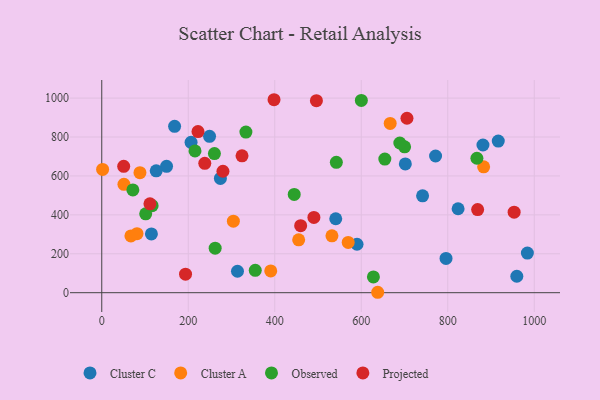
{"axis": {"x": "Ad Spend", "y": "Sales"}, "legend": ["Cluster A", "Cluster C", "Observed", "Projected"], "data": [{"x": "823.9", "y": 431.4, "type": "Cluster C"}, {"x": "114.8", "y": 301.9, "type": "Cluster C"}, {"x": "149.8", "y": 649.4, "type": "Cluster C"}, {"x": "249.2", "y": 803.6, "type": "Cluster C"}, {"x": "313.8", "y": 110.2, "type": "Cluster C"}, {"x": "125.9", "y": 626.1, "type": "Cluster C"}, {"x": "741.8", "y": 498.0, "type": "Cluster C"}, {"x": "796.0", "y": 175.9, "type": "Cluster C"}, {"x": "274.3", "y": 587.0, "type": "Cluster C"}, {"x": "959.7", "y": 84.5, "type": "Cluster C"}, {"x": "771.8", "y": 702.5, "type": "Cluster C"}, {"x": "701.9", "y": 661.7, "type": "Cluster C"}, {"x": "590.2", "y": 248.9, "type": "Cluster C"}, {"x": "881.4", "y": 759.0, "type": "Cluster C"}, {"x": "541.0", "y": 379.9, "type": "Cluster C"}, {"x": "984.1", "y": 203.4, "type": "Cluster C"}, {"x": "206.5", "y": 772.8, "type": "Cluster C"}, {"x": "168.4", "y": 854.8, "type": "Cluster C"}, {"x": "916.8", "y": 779.1, "type": "Cluster C"}, {"x": "390.7", "y": 112.0, "type": "Cluster A"}, {"x": "532.2", "y": 292.5, "type": "Cluster A"}, {"x": "51.3", "y": 556.7, "type": "Cluster A"}, {"x": "67.4", "y": 292.0, "type": "Cluster A"}, {"x": "569.8", "y": 258.4, "type": "Cluster A"}, {"x": "304.3", "y": 367.4, "type": "Cluster A"}, {"x": "2.0", "y": 633.5, "type": "Cluster A"}, {"x": "455.3", "y": 271.6, "type": "Cluster A"}, {"x": "666.9", "y": 870.0, "type": "Cluster A"}, {"x": "88.3", "y": 616.9, "type": "Cluster A"}, {"x": "638.0", "y": 2.2, "type": "Cluster A"}, {"x": "883.0", "y": 646.9, "type": "Cluster A"}, {"x": "81.5", "y": 303.3, "type": "Cluster A"}, {"x": "354.9", "y": 114.9, "type": "Observed"}, {"x": "215.6", "y": 728.7, "type": "Observed"}, {"x": "600.2", "y": 987.9, "type": "Observed"}, {"x": "116.4", "y": 447.4, "type": "Observed"}, {"x": "700.2", "y": 749.4, "type": "Observed"}, {"x": "101.6", "y": 405.1, "type": "Observed"}, {"x": "542.4", "y": 669.7, "type": "Observed"}, {"x": "689.2", "y": 769.2, "type": "Observed"}, {"x": "262.2", "y": 228.9, "type": "Observed"}, {"x": "260.5", "y": 714.8, "type": "Observed"}, {"x": "654.5", "y": 686.6, "type": "Observed"}, {"x": "445.0", "y": 504.8, "type": "Observed"}, {"x": "628.1", "y": 81.0, "type": "Observed"}, {"x": "333.3", "y": 825.2, "type": "Observed"}, {"x": "867.4", "y": 690.8, "type": "Observed"}, {"x": "71.9", "y": 528.1, "type": "Observed"}, {"x": "111.4", "y": 456.7, "type": "Projected"}, {"x": "705.7", "y": 896.3, "type": "Projected"}, {"x": "222.5", "y": 827.7, "type": "Projected"}, {"x": "50.7", "y": 649.3, "type": "Projected"}, {"x": "459.9", "y": 344.6, "type": "Projected"}, {"x": "193.7", "y": 95.3, "type": "Projected"}, {"x": "398.3", "y": 991.6, "type": "Projected"}, {"x": "869.1", "y": 427.4, "type": "Projected"}, {"x": "953.5", "y": 413.8, "type": "Projected"}, {"x": "490.5", "y": 386.8, "type": "Projected"}, {"x": "496.3", "y": 986.5, "type": "Projected"}, {"x": "238.2", "y": 664.7, "type": "Projected"}, {"x": "324.3", "y": 703.4, "type": "Projected"}, {"x": "280.2", "y": 624.1, "type": "Projected"}]}